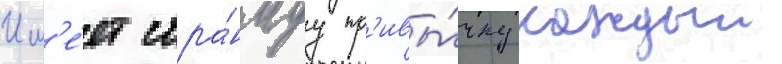
Им'е́ет стра́ннуу пр'ивы́чку каждыи